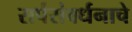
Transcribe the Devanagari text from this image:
सर्पसंवर्धनाचे